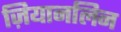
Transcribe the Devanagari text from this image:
ज़ियानलिन